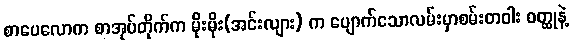
စာပေလောက စာအုပ်တိုက်က မိုးမိုး(အင်းလျား) က ပျောက်သောလမ်းမှာစမ်းတဝါး ဝတ္ထုနဲ့